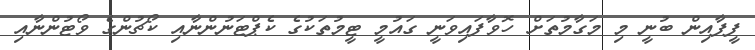
ފީފާއިން ބުނީ މި މަގާމުތަށް ހޮވާފައިވަނީ ގައުމީ ޓީމުތަކުގެ ކެޕްޓަނުންނާއި ކޯޗުންގެ ވޯޓުންނާއި